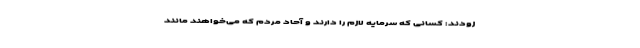
زودند: کسانی که سرمایه لازم را دارند و آحاد مردم که می‌خواهند مانند